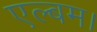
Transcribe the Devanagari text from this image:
एल्बम।